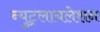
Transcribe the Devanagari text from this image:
न्युट्रलायलेशन